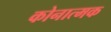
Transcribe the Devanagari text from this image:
कोनात्मक